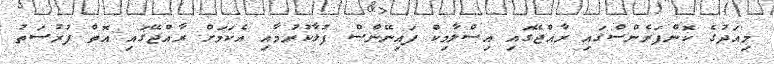
މިއަދުގެ ކޮންފަރެންސްގައި ރާއްޖޭގައި އިސްލާމިކް ފައިނޭންސް ފުޅާކުރުމާއި އެކަމަށް ރާއްޖޭގައި އޮތް ފުރުސަތު